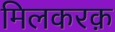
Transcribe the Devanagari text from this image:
मिलकरक़